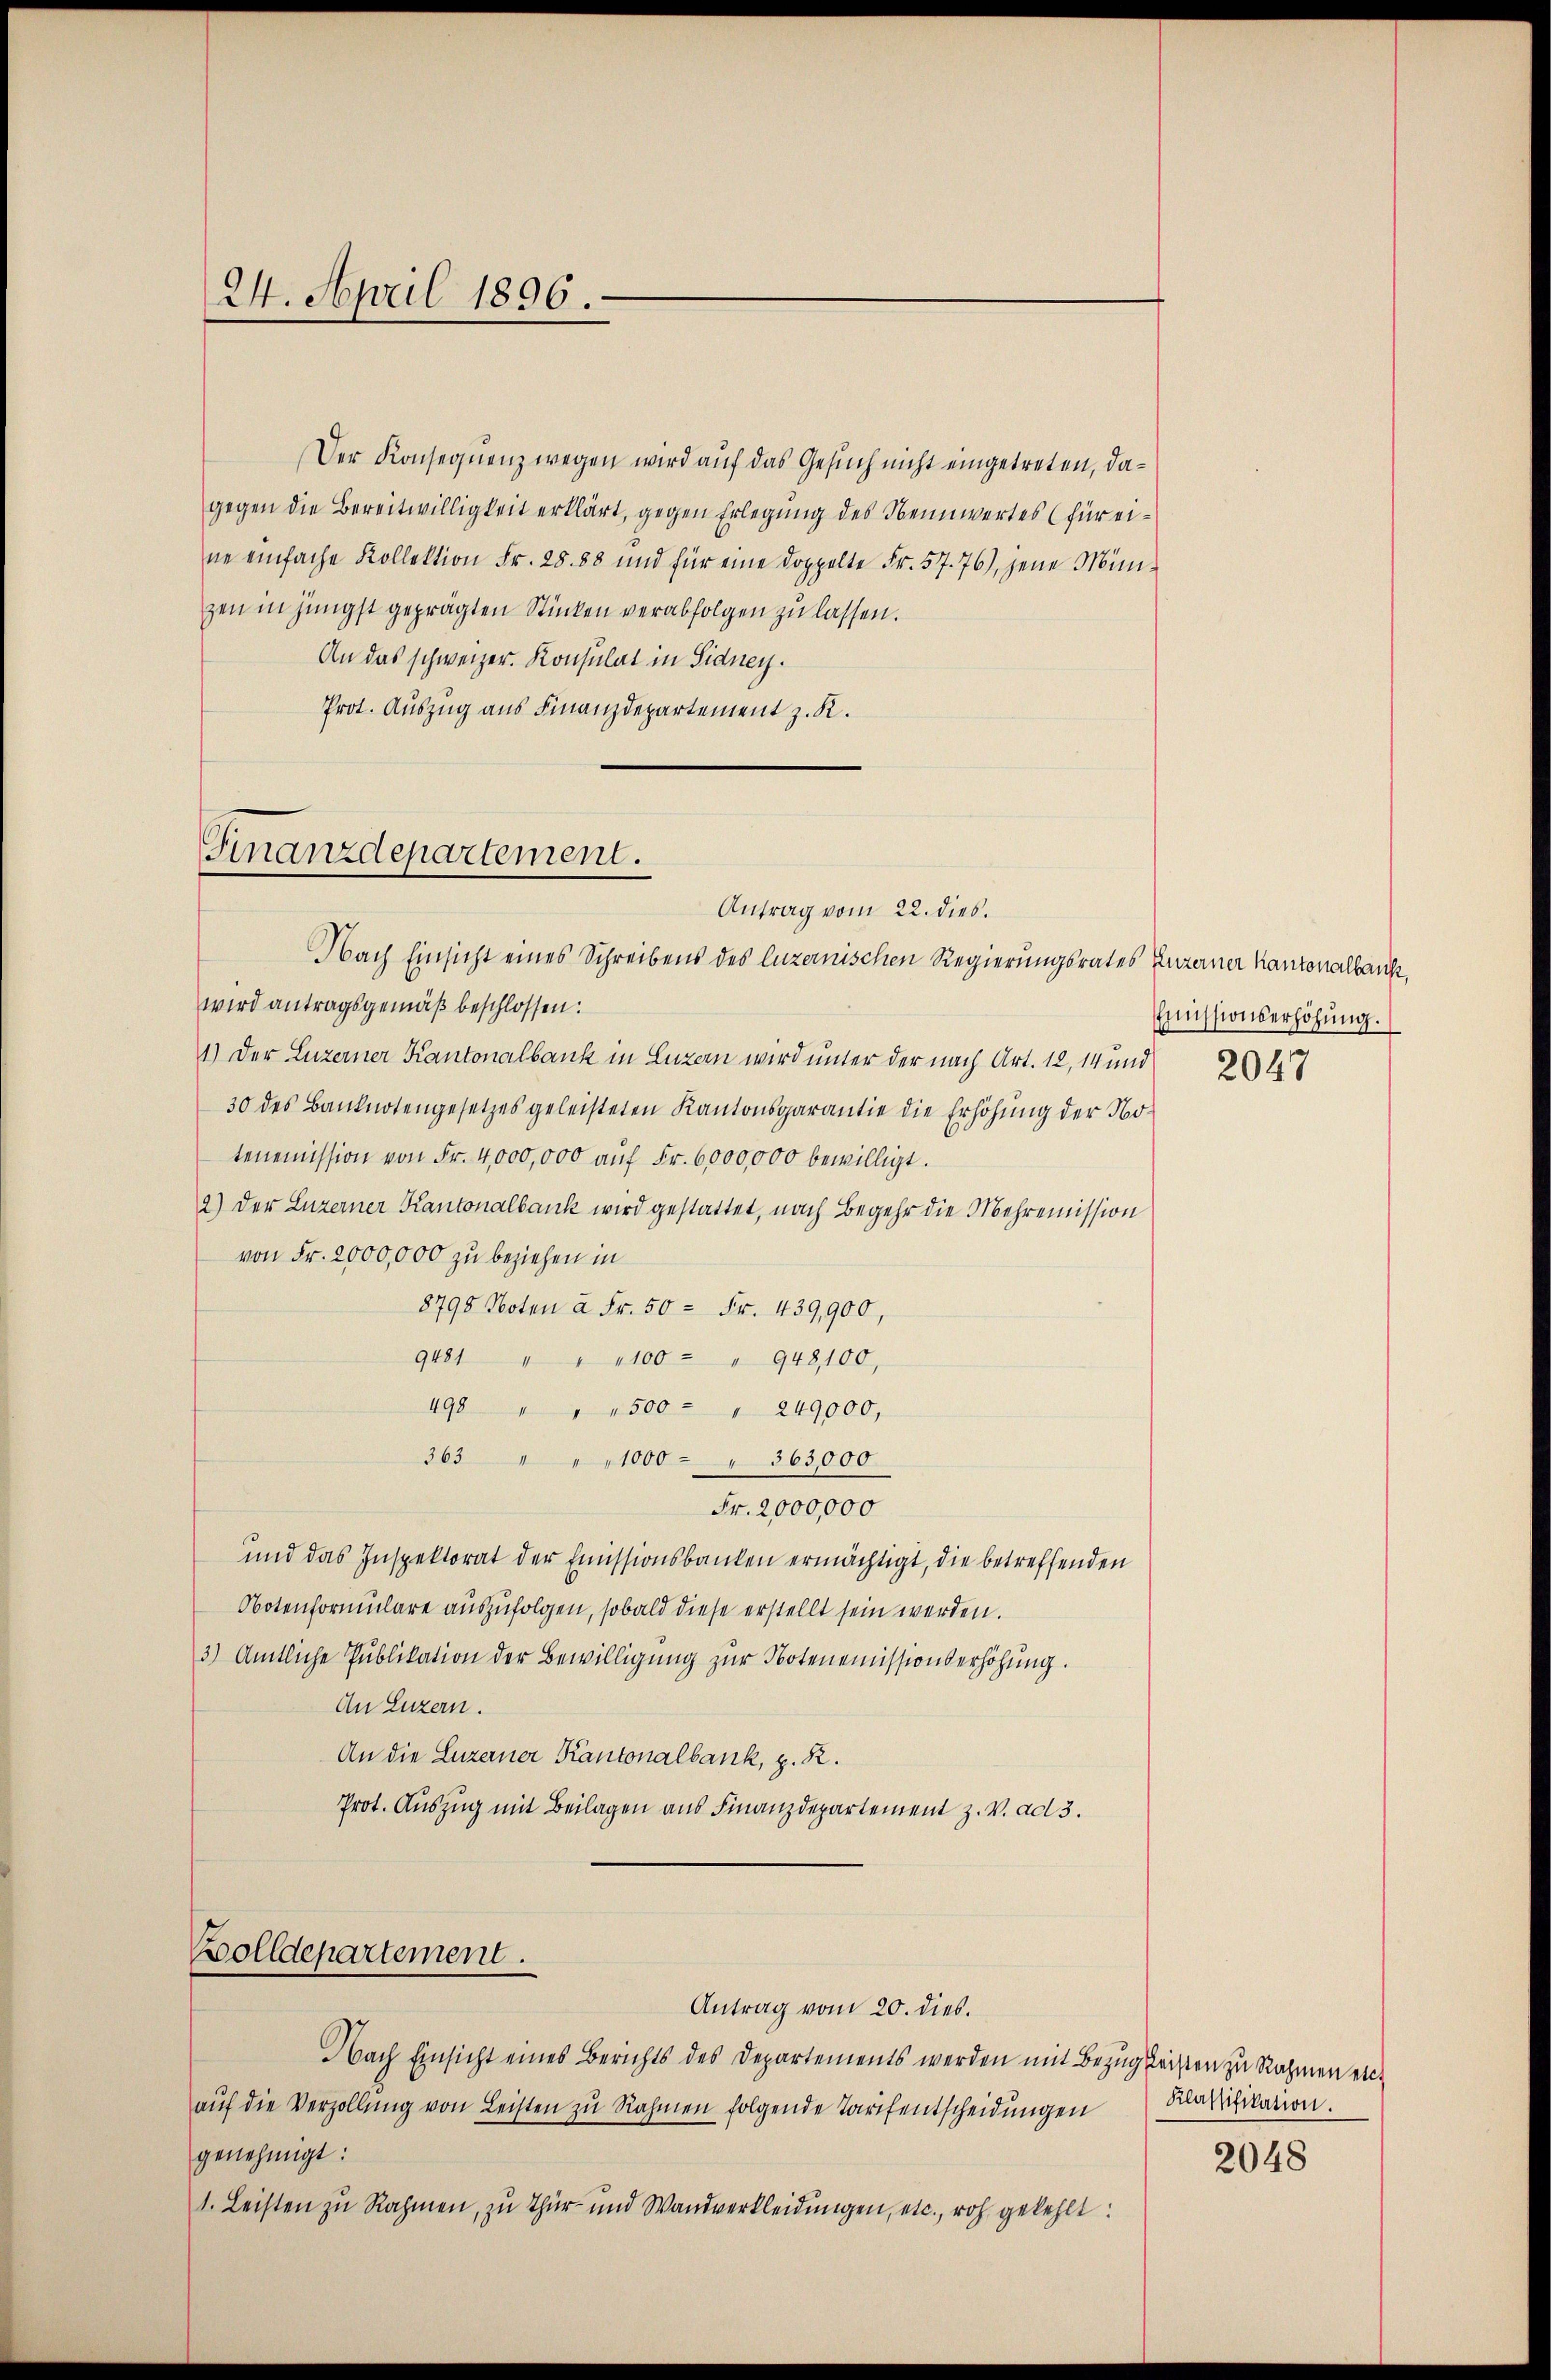
24. April 1896.

Der Konsequenz wegen wird auf das Gesuch nicht eingetreten, dagegen die Bereitwilligkeit erklärt, gegen Erlegung des Nennwertes (für eine einfache Kollektion Fr. 28. 88 und für eine doppelte Fr. 57. 76), jene Mini-
zen in jüngst geprägten Stücken verabfolgen zu lassen.
An das schweizer. Konsulat in Sidney.
Prot. Auszug aus Finanzdepartement z. K.

Finanzdepartement.
Antrag vom 22. dies.

Nach Einsicht eines Schreibens des luzernischen Regierungsrates Luzerner Kantonalbank,
wird antragsgemäß beschlossen:
1.) Der Luzerner Kantonalbank in Luzern wird unter der nach Art. 12, 14 und 1
30 des Banknotengesetzes geleisteten Kantonsgarantie die Erhöhŭng der No-
tenemission von Fr. 4,000,000 auf Fr. 6000,000 bewilligt.
2.) Der Luzerner Kantonalbank wird gestattet, nach Begehr die Mehremission
von Fr. 2000,000 zu beziehen in
8798 Noten à Fr. 50 = Fr. 439,900,
9481 " " " 100 - " 948, 100,
498 " " " 500 - " 249000,
363 " " " 1000 - " 363,000
Fr. 2,000,000
und das Inspektorat der Emissionsbanken ermächtigt, die betreffenden
Notenformulare auszufolgen, sobald diese erstellt sein werden.
3) Amtliche Publikation der Bewilligung zur Notenemissionserhöhung.
An Luzern.
An die Luzerner Kantonalbank, z. R.
Prot. Auszug mit Beilagen aus Finanzdepartement z. V. ad 3.

Bolldepartement.
Antrag vom 20. dies.

Nach Einsicht eines Berichts des Departements werden mit Bezug leisten zu Rahmen etc.
aŭf die Verzollŭng von Leisten zŭ Rahmen folgende Tarifentscheidŭngen Ratifikation.
genehmigt:
1. Leisten zu Rahmen, zu Thur- und Wandverkleidungen, etc., roh gekehlt

Emissionserhöhung.

2048